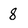
Character: 8